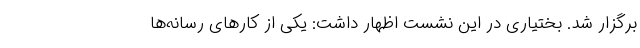
برگزار شد. بختیاری در این نشست اظهار داشت: یکی از کارهای رسانه‌ها